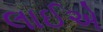
લાઈએ